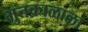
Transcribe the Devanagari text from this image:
भुतकाळाला